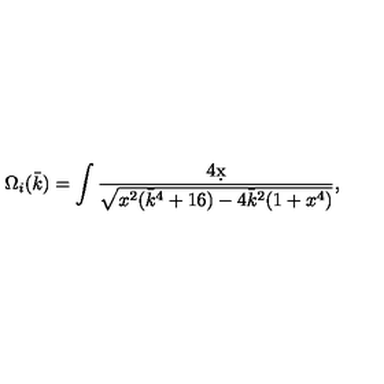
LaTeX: \Omega _ { i } ( \bar { k } ) = \int \frac { 4 \d x } { \sqrt { x ^ { 2 } ( \bar { k } ^ { 4 } + 1 6 ) - 4 \bar { k } ^ { 2 } ( 1 + x ^ { 4 } ) } } ,